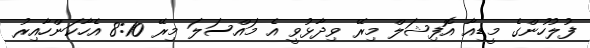
ފުލުހުންގެ މީޑިއާ އޮފިޝަލް މިރޭ ވިދާޅުވީ އެ މައްސަލަ މިރޭ 8:10 އެހާކަންހާއިރު